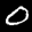
Label: 0